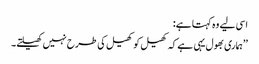
اسی لیے وہ کہتا ہے:
’’ہماری بھول یہی ہے کہ کھیل کو کھیل کی طرح نہیں کھیلتے۔